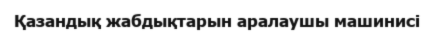
Қазандық жабдықтарын аралаушы машинисі